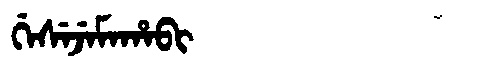
Manchu: ᡤᡝᠰᡝᠵᡝᠮᠠᡥᠠᠪᡳ
Romanization: GESEJEMAHABI